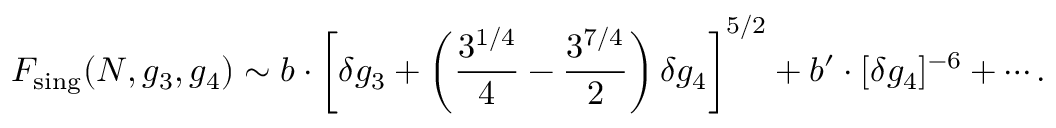
F _ { \mathrm { s i n g } } ( N , g _ { 3 } , g _ { 4 } ) \sim b \cdot \left[ \delta g _ { 3 } + \left( \frac { 3 ^ { 1 / 4 } } { 4 } - \frac { 3 ^ { 7 / 4 } } { 2 } \right) \delta g _ { 4 } \right] ^ { 5 / 2 } + b ^ { \prime } \cdot [ \delta g _ { 4 } ] ^ { - 6 } + \cdots .